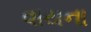
વાયના